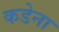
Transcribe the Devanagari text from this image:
कडेना